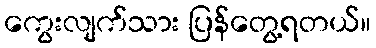
ကွေးလျက်သား ပြန်တွေ့ရတယ်။